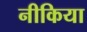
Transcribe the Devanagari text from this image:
नीकिया